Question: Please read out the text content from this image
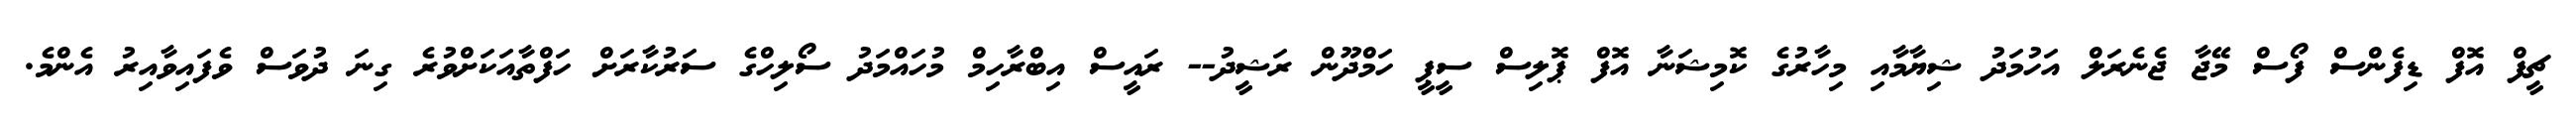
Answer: ޗީފް އޮފް ޑިފެންސް ފޯސް މޭޖާ ޖެނެރަލް އަހުމަދު ޝިޔާމާއި މިހާރުގެ ކޮމިޝަނާ އޮފް ޕޮލިސް ސީޕީ ހަމްދޫން ރަޝީދު-- ރައީސް އިބްރާހިމް މުހައްމަދު ސޯލިހްގެ ސަރުކާރަށް ހަފްތާއަކަށްވުރެ ގިނަ ދުވަސް ވެފައިވާއިރު އެންމެ.